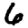
Digit: 6